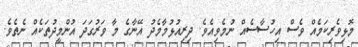
މޮޅިވެރިކަމެއް ވެސް އިހުސާސެއް ނުމެވިއެވެ. ދިރިއުޅުމާމެދު އޭނާގެ މާ ވަރުގަދަ އުންމީދުތަކެއް ނެތެވެ.